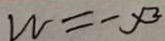
W = - x _ { 2 }